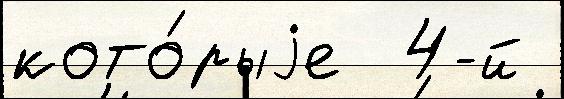
кото́рыjе  4-й